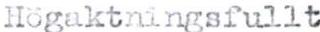
Högaktningsfullt